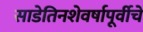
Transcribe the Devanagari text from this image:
साडेतिनशेवर्षापूर्वीचे